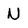
Character: N